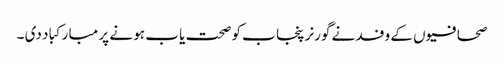
صحافیو ں کے وفد نے گورنر پنجا ب کو صحت یا ب ہو نے پر مبا رکبا د دی ۔